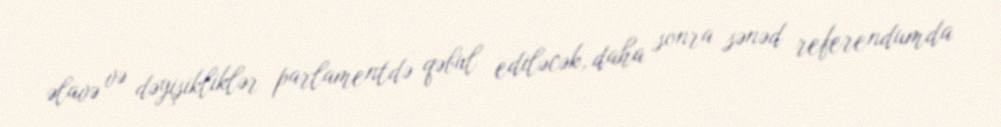
əlavə və dəyişikliklər parlamentdə qəbul ediləcək, daha sonra sənəd referendumda